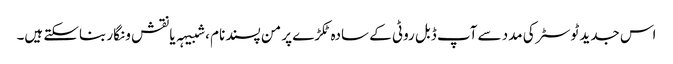
اس جدید ٹوسٹر کی مدد سے آپ ڈبل روٹی کے سادہ ٹکڑے پر من پسند نام ، شبیہہ یا نقش و نگار بناسکتے ہیں۔